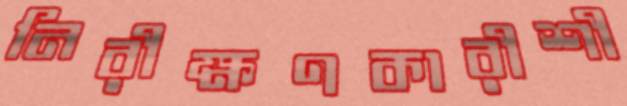
নিরীক্ষণকারীশী